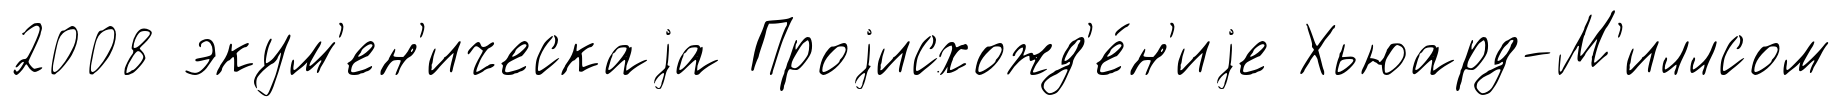
2008 экум'ен'ическаjа Проjисхожд'е́н'иjе Хьюард-М'иллсом